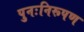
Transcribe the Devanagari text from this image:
पुनःनिरूपण